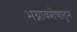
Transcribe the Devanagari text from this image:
भग्नावशेषातून